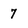
Character: 7